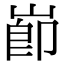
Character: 𡸎